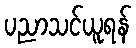
ပညာသင်ယူရန်